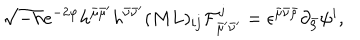
\sqrt { - h } e ^ { - 2 \varphi } h ^ { \bar { \mu } \bar { \mu } ^ { \prime } } h ^ { \bar { \nu } \bar { \nu } ^ { \prime } } ( M L ) _ { i j } { \cal F } _ { \bar { \mu } ^ { \prime } \bar { \nu } ^ { \prime } } ^ { j } = \epsilon ^ { \bar { \mu } \bar { \nu } \bar { \rho } } \partial _ { \bar { \rho } } \psi ^ { i } ,